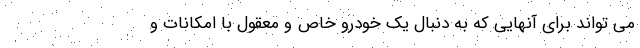
می تواند برای آنهایی که به دنبال یک خودرو خاص و معقول با امکانات و